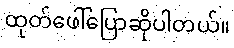
ထုတ်ဖေါ်ပြောဆိုပါတယ်။